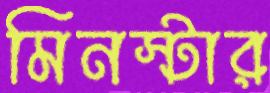
মিনস্টার